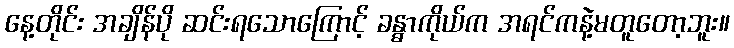
နေ့တိုင်း အချိန်ပို ဆင်းရသောကြောင့် ခန္ဓာကိုယ်က အရင်ကနဲ့မတူတော့ဘူး။